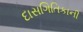
દાસગિતિકાની